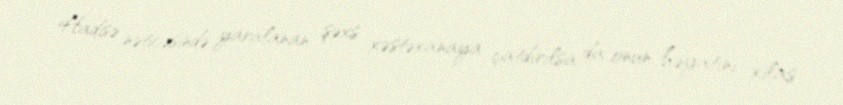
Hadisə nəticəsində yaralanan şəxs xəstəxanaya çatdırılsa da onun həyatını xilas